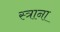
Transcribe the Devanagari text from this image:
स्त्राना